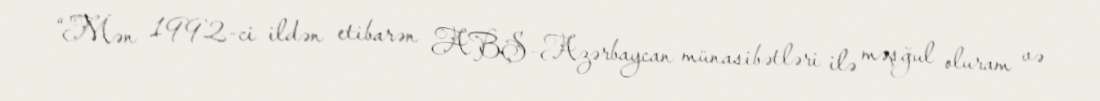
“Mən 1992-ci ildən etibarən ABŞ-Azərbaycan münasibətləri ilə məşğul oluram və